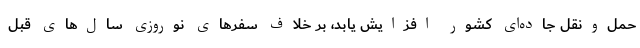
حمل‌ونقل جاده‌ای کشور افزایش یابد، بر خلاف سفرهای نوروزی سال‌های قبل